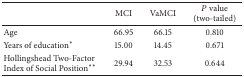
<table><thead><tr><td><b> </b></td><td><b>MCI</b></td><td><b>VaMCI</b></td><td><b><i>P</i> value (two-tailed)</b></td></tr></thead><tbody><tr><td>Age</td><td>66.95</td><td>66.15</td><td>0.810</td></tr><tr><td>Years of education*</td><td>15.00</td><td>14.45</td><td>0.671</td></tr><tr><td>Hollingshead Two-Factor Index of Social Position**</td><td>29.94</td><td>32.53</td><td>0.644</td></tr></tbody></table>